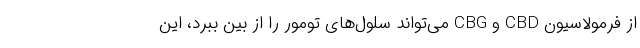
از فرمولاسیون CBD و CBG می‌تواند سلول‌های تومور را از بین ببرد، این